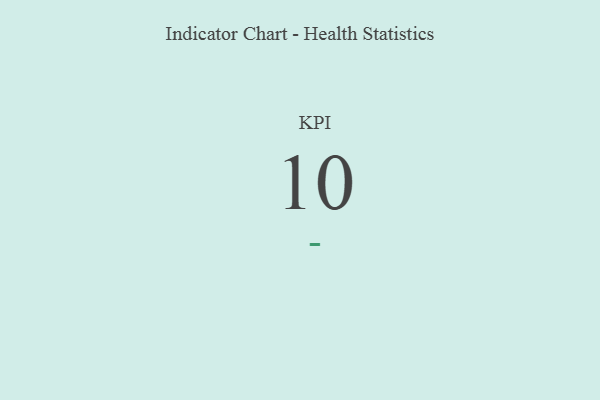
{"axis": {"x": "KPI", "y": "Value"}, "legend": [""], "data": [{"x": "KPI", "y": 10, "type": ""}]}